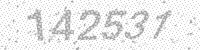
Solution: 142531